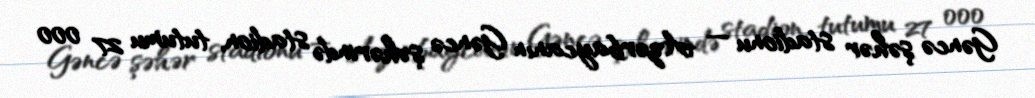
Gəncə şəhər stadionu — Azərbaycanın Gəncə şəhərində stadion, tutumu 27 000